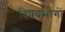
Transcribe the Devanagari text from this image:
विषयभोगों